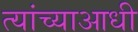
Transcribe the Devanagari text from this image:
त्यांच्याआधी